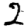
Digit: 2